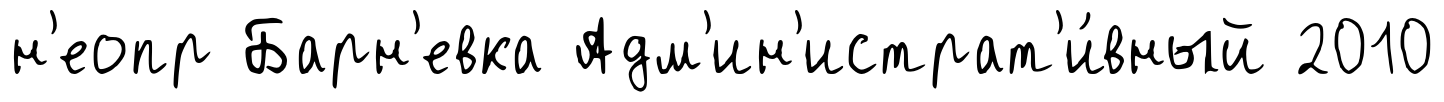
н'еопр Барн'евка Адм'ин'истрат'и́вный 2010